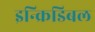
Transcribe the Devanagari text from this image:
इन्क्रिडिबल